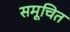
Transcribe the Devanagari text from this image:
समूचित